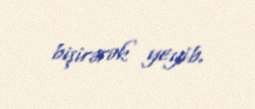
bişirərək yeyib.